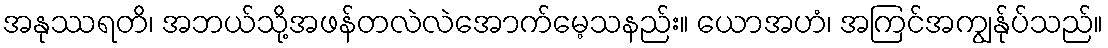
အနုဿရတိ၊ အဘယ်သို့အဖန်တလဲလဲအောက်မေ့သနည်း။ ယောအဟံ၊ အကြင်အကျွန်ုပ်သည်။